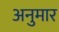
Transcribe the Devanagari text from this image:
अनुमार